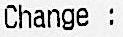
CHANGE :